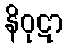
နိဝုဋာ